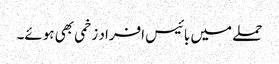
حملے میں بائیس افراد زخمی بھی ہوئے۔